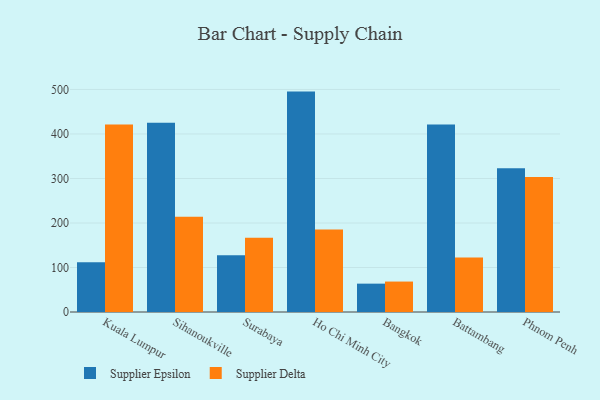
{"axis": {"x": "City", "y": "Inventory Turnover"}, "legend": ["Supplier Delta", "Supplier Epsilon"], "data": [{"x": "Kuala Lumpur", "y": 111.5, "type": "Supplier Epsilon"}, {"x": "Kuala Lumpur", "y": 421.3, "type": "Supplier Delta"}, {"x": "Sihanoukville", "y": 425.3, "type": "Supplier Epsilon"}, {"x": "Sihanoukville", "y": 213.8, "type": "Supplier Delta"}, {"x": "Surabaya", "y": 127.3, "type": "Supplier Epsilon"}, {"x": "Surabaya", "y": 167.1, "type": "Supplier Delta"}, {"x": "Ho Chi Minh City", "y": 495.2, "type": "Supplier Epsilon"}, {"x": "Ho Chi Minh City", "y": 185.3, "type": "Supplier Delta"}, {"x": "Bangkok", "y": 63.7, "type": "Supplier Epsilon"}, {"x": "Bangkok", "y": 68.4, "type": "Supplier Delta"}, {"x": "Battambang", "y": 421.2, "type": "Supplier Epsilon"}, {"x": "Battambang", "y": 122.2, "type": "Supplier Delta"}, {"x": "Phnom Penh", "y": 322.8, "type": "Supplier Epsilon"}, {"x": "Phnom Penh", "y": 303.6, "type": "Supplier Delta"}]}